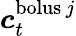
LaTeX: \boldsymbol{c}_{t}^{\textup{bolus}\, j}